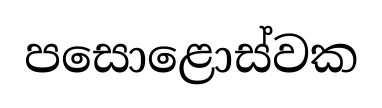
පසොළොස්වක